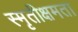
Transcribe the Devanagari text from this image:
स्मृतीक्षमता